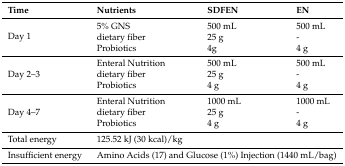
| Time | Nutrients | SDFEN | EN |
 | --- | --- | --- | --- |
 | <ROWSPAN=3> Day 1 | 5% GNS | 500 mL | 500 mL |
 | dietary fiber | 25 g | - |
 | Probiotics | 4g | 4 g |
 | <ROWSPAN=3> Day 2–3 | Enteral Nutrition | 500 mL | 500 mL |
 | dietary fiber | 25 g | - |
 | Probiotics | 4 g | 4 g |
 | <ROWSPAN=3> Day 4–7 | Enteral Nutrition | 1000 mL | 1000 mL |
 | dietary fiber | 25 g | - |
 | Probiotics | 4 g | 4 g |
 | Total energy | <COLSPAN=3> 125.52 kJ (30 kcal)/kg |
 | Insufficient energy | <COLSPAN=3> Amino Acids (17) and Glucose (1%) Injection (1440 mL/bag) |